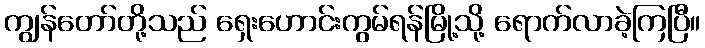
ကျွန်တော်တို့သည် ရှေးဟောင်းကွမ်ရန်မြို့သို့ ရောက်လာခဲ့ကြပြီ။